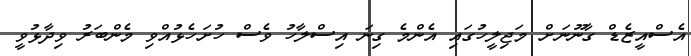
އެސްއީޒެޑް ގާނޫނަށް މަޖިލީހުގައި އެންމެ ގިނަ އިސްލާހު ވެސް ހުށަހެޅުއްވި މެންބަރު ވިދާޅުވީ